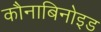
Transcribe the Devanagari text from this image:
कौनाबिनोइड